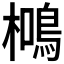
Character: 𭬖